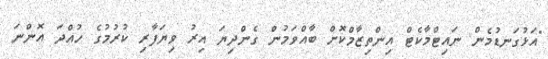
"އަޅުގަނޑުމެން ނައިޓްމާކެޓް އިންތިޒާމްކޮށް ބާއްވަމުން ގެންދިޔަ އިރު ވިޔަފާރި ކުރުމުގެ ހުއްދަ އޮންނަ